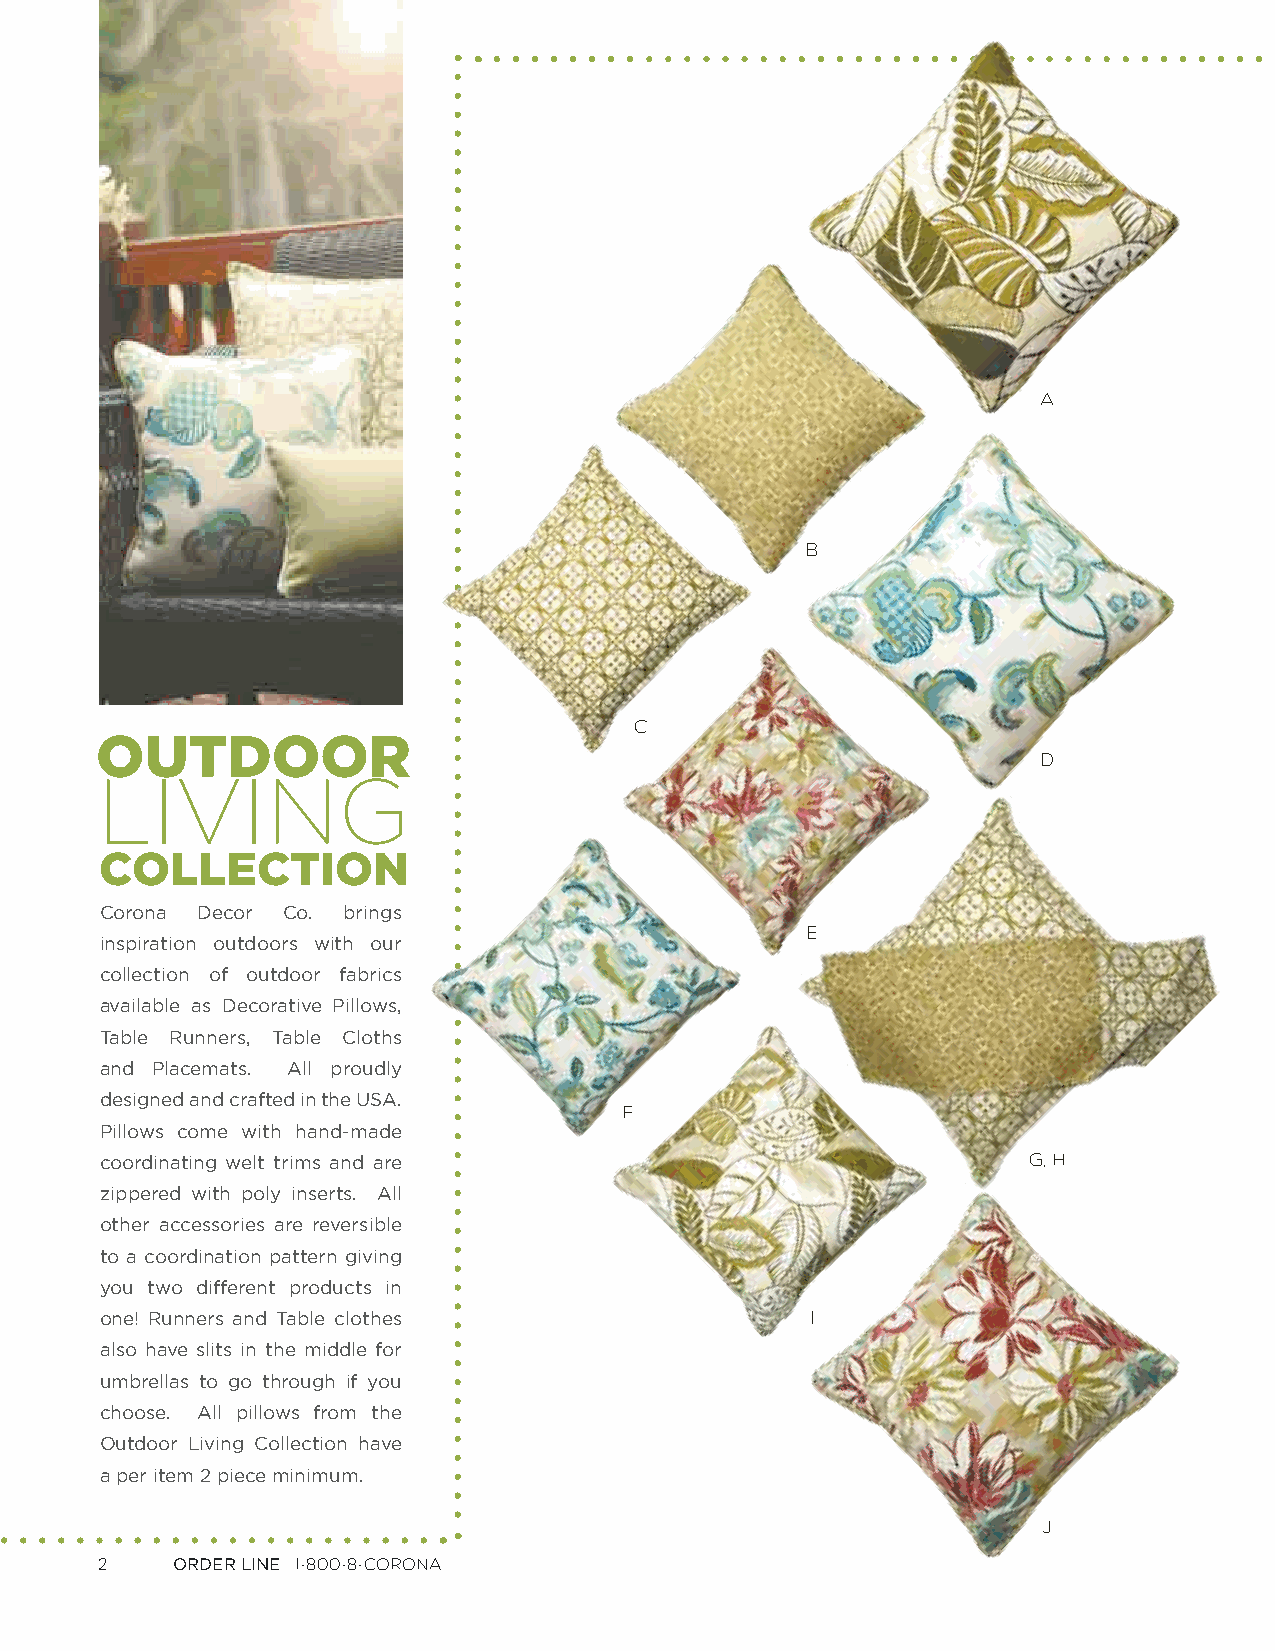
A
 B
 C
 OUTDOOR
 D
 LIVING
 COLLECTION
 Corona Decor Co. brings
 E
 inspiration outdoors with our
 collection of outdoor fabrics
 available as Decorative Pillows,
 Table Runners, Table Cloths
 and Placemats. All proudly
 designed and crafted in the USA.
 F
 Pillows come with hand-made
 coordinating welt trims and are                              G, H
 zippered with poly inserts. All
 other accessories are reversible
 to a coordination pattern giving
 you two different products in
 one! Runners and Table clothes                 I
 also have slits in the middle for
 umbrellas to go through if you
 choose. All pillows from the
 Outdoor Living Collection have
 a per item 2 piece minimum.
 J
 2    ORDER LINE 1-800-8-CORONA